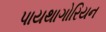
પાયથાગોરિયન